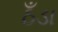
ઠઁડા